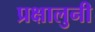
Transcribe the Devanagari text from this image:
प्रक्षालुनी